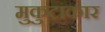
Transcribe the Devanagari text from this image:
मुकुटाकार